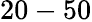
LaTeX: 20-50